Vaccination North-Western Provinces 1866-1877 - 1866-1877
Year: 1866
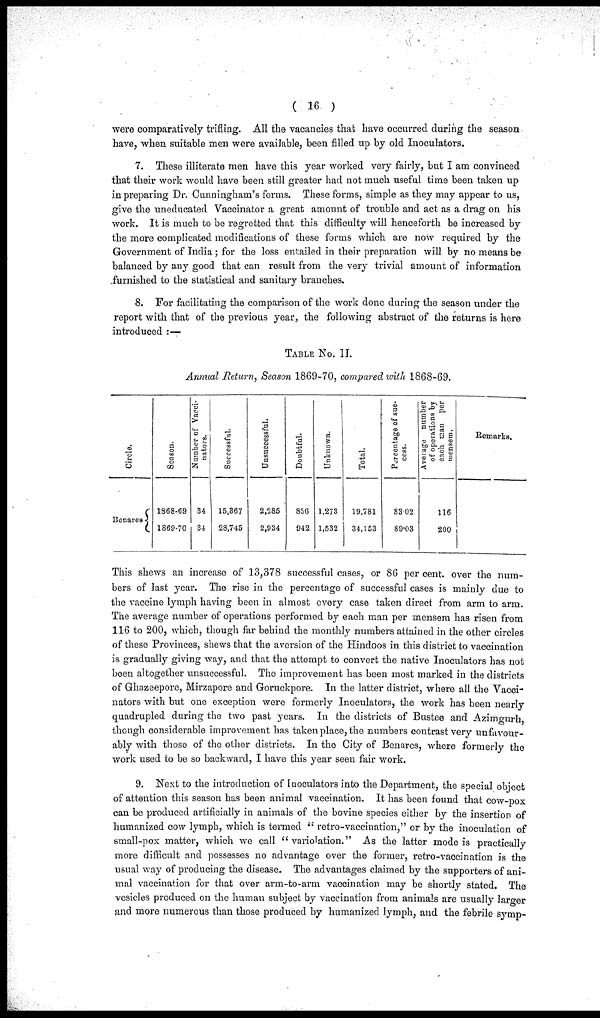
( 16 )
were comparatively trifling. All the vacancies that have occurred during the season
have, when suitable men were available, been filled up by old Inoculators.
7. These illiterate men have this year worked very fairly, but I am convinced
that their work would have been still greater had not much useful time been taken up
in preparing Dr. Cunningham's forms. These forms, simple as they may appear to us,
give the uneducated Vaccinator a great amount of trouble and act as a drag on his
work. It is much to be regretted that this difficulty will henceforth be increased by
the more complicated modifications of these forms which are now required by the
Government of India ; for the loss entailed in their preparation will by no means be
balanced by any good that can result from the very trivial amount of information
furnished to the statistical and sanitary branches.
8. For facilitating the comparison of the work done during the season under the
report with that of the previous year, the following abstract of the returns is here
introduced :—
TABLE No. II.
Annual Return, Season 1869-70, compared with 1868-69.
Circle.
Benares
Season.
1868-69
1869-70
Number of Vacci¬
nators.
34
34
Successful.
15,367
28,745
Unsuccessful.
2,285
2,934
Doubtful.
856
942
Unknown.
1,273
1,532
Total.
19,781
34,153
Percentage of suc-
cess.
83.02
89.03
Average number
of operations by
each man per
mensem.
116
200
Remarks.
This shews an increase of 13,378 successful cases, or 86 per cent. over the num-
bers of last year. The rise in the percentage of successful cases is mainly due to
the vaccine lymph having been in almost every case taken direct from arm to arm.
The average number of operations performed by each man per mensem has risen from
116 to 200, which, though far behind the monthly numbers attained in the other circles
of these Provinces, shews that the aversion of the Hindoos in this district to vaccination
is gradually giving way, and that the attempt to convert the native Inoculators has not
been altogether unsuccessful. The improvement has been most marked in the districts
of Ghazeepore, Mirzapore and Goruckpore. In the latter district, where all the Vacci¬
nators with but one exception were formerly Inoculators, the work has been nearly
quadrupled during the two past years. In the districts of Bustee and Azimgurh,
though considerable improvement has taken place, the numbers contrast very unfavour-
ably with those of the other districts. In the City of Benares, where formerly the
work used to be so backward, I have this year seen fair work.
9. Next to the introduction of Inoculators into the Department, the special object
of attention this season has been animal vaccination. It has been found that cow-pox
can be produced artificially in animals of the bovine species either by the insertion of
humanized cow lymph, which is termed " retro-vaccination," or by the inoculation of
small-pox matter, which we call " variolation." As the latter mode is practically
more difficult and possesses no advantage over the former, retro-vaccination is the
usual way of producing the disease. The advantages claimed by the supporters of ani-
mal vaccination for that over arm-to-arm vaccination may be shortly stated. The
vesicles produced on the human subject by vaccination from animals are usually larger
and more numerous than those produced by humanized lymph, and the febrile symp¬